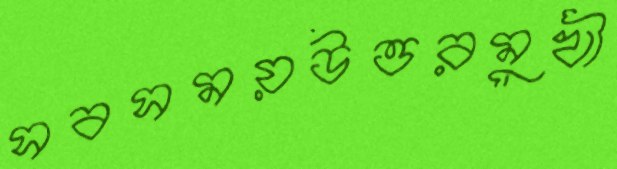
সবসময়উত্তরমুখী